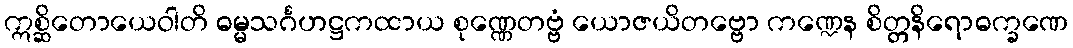
ဣစ္ဆိတောယေဝါတိ ဓမ္မသင်္ဂဟဋ္ဌကထာယ စုဏ္ဏေတဗ္ဗံ ယောဇယိတဗ္ဗော ကဏ္ဍေန စိတ္တနိရောဓက္ခဏေ